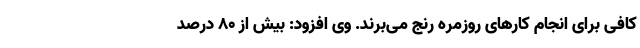
کافی برای انجام کارهای روزمره رنج می‌برند. وی افزود: بیش از ۸۰ درصد